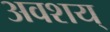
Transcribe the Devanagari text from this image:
अवशय्